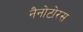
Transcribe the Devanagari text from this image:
नैनोटोरस